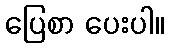
ပြေစာ ပေးပါ။